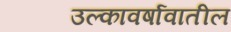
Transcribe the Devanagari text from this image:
उल्कावर्षावातील